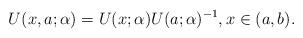
LaTeX: \begin{align*}U(x,a; \alpha) = U(x; \alpha) U(a; \alpha)^{-1}, x \in (a,b). \end{align*}